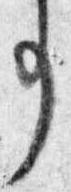
事